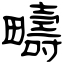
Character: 疇